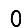
Digit: 0